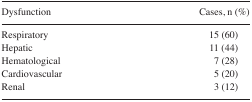
<table><thead><tr><td><b>Dysfunction</b></td><td><b>Cases, n (%)</b></td></tr></thead><tbody><tr><td>Respiratory</td><td>15 (60)</td></tr><tr><td>Hepatic</td><td>11 (44)</td></tr><tr><td>Hematological</td><td>7 (28)</td></tr><tr><td>Cardiovascular</td><td>5 (20)</td></tr><tr><td>Renal</td><td>3 (12)</td></tr></tbody></table>